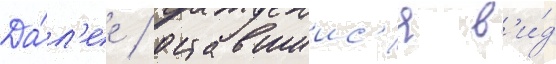
Да́л'ее / оставшиис'я в'и́д